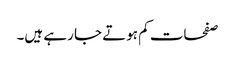
صفحات کم ہوتے جا رہے ہیں۔